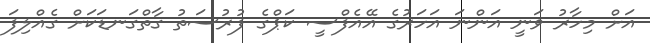
އަށް މިހާރު ވަނީ އަންނަ އަހަރުގެ އޭއެފްސީ ކަޕްގެ ފުރުސަތު ގާތްގަނޑަކަށް ގެއްލިފަ